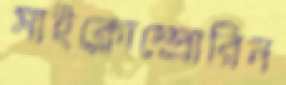
সাইক্লোস্প্রোরিন